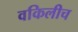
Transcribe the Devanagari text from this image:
वकिलीच